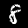
Digit: 8